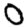
Digit: 0